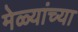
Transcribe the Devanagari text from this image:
मेळ्यांच्या